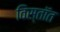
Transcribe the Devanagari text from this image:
विस्तॉत